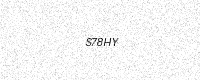
Text: S78HY